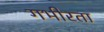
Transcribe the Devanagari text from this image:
गभीरता